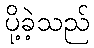
ပို့ခဲ့သည်